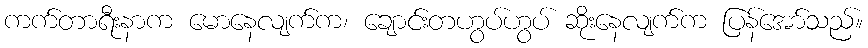
ကက်တာရီးနာက မောနေလျက်က၊ ချောင်းတဟွပ်ဟွပ် ဆိုးနေလျက်က ပြန်အော်သည်။